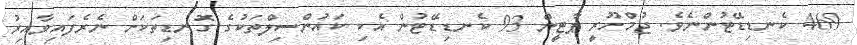
469 ކެނޑިޑޭޓުންނެވެ. ޖުމްހޫރީ ޕާޓީން 93 ކެނޑިޑޭޓުން އެކި ކައުންސިލްތަކުގެ ގޮނޑިތަކަށް ނެރެފައިވާއިރު